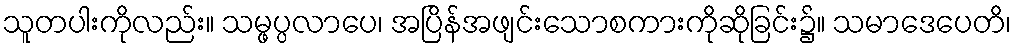
သူတပါးကိုလည်း။ သမ္ဖပ္ပလာပေ၊ အပြိန်အဖျင်းသောစကားကိုဆိုခြင်း၌။ သမာဒေပေတိ၊